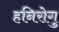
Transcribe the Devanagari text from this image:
हनिरोगु